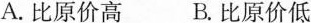
A.比原价高 B.比原价低